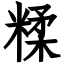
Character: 糅